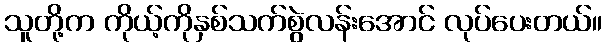
သူတို့က ကိုယ့်ကိုနှစ်သက်စွဲလန်းအောင် လုပ်ပေးတယ်။